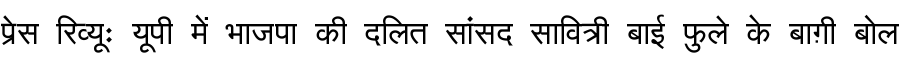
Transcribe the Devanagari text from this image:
प्रेस रिव्यूः यूपी में भाजपा की दलित सांसद सावित्री बाई फुले के बाग़ी बोल